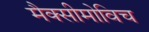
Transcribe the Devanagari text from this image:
मैक्सीमोविच